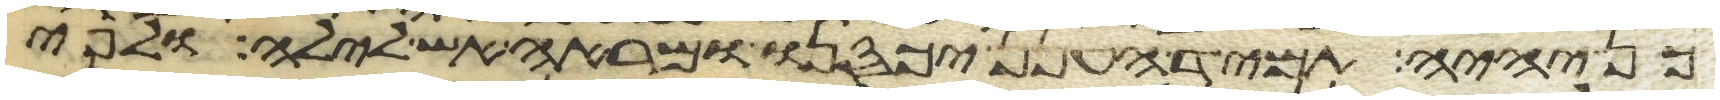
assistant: כן יהיה תמיד הענן יכסנו ומראה אש לילה ולפי